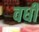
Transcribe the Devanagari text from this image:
वर्धी